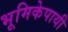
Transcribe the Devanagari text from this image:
भूमिकेपायी